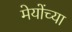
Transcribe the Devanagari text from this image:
मेयोंच्या